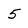
Character: 5